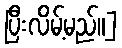
ပြီးလိမ့်မည်။]